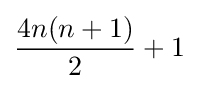
{\frac {4n(n+1)}{2}}+1